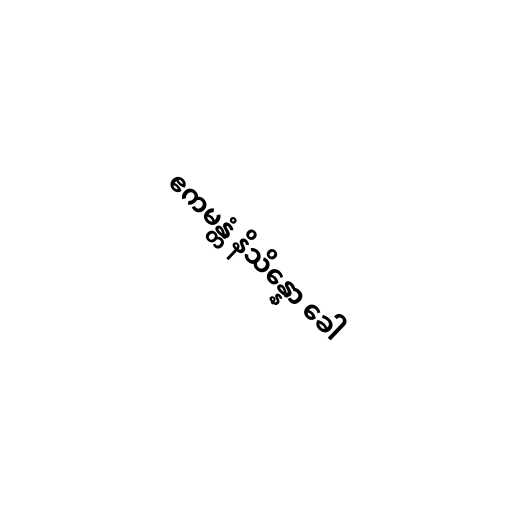
ဧကမန္တံ နိသိန္နော ခေါ